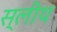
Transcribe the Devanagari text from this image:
स्लीथ